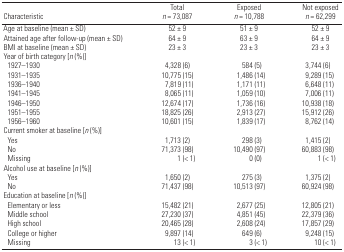
<table><thead><tr><td><b>Characteristic</b></td><td><b>Total <i>n </i>= 73,087</b></td><td><b>Exposed <i>n </i>= 10,788</b></td><td><b>Not exposed <i>n </i>= 62,299</b></td></tr></thead><tbody><tr><td><b>Age at baseline (mean ± SD) </b></td><td>52 ± 9</td><td>51 ± 9</td><td>52 ± 9</td></tr><tr><td><b>Attained age after follow-up (mean ± SD) </b></td><td>64 ± 9</td><td>63 ± 9</td><td>64 ± 9</td></tr><tr><td><b>BMI at baseline (mean ± SD) </b></td><td>23 ± 3</td><td>23 ± 3</td><td>23 ± 3</td></tr><tr><td><b>Year of birth category [<i>n</i> (%)]</b></td></tr><tr><td><b>1927–1930</b></td><td>4,328 (6)</td><td>584 (5)</td><td>3,744 (6)</td></tr><tr><td><b>1931–1935</b></td><td>10,775 (15)</td><td>1,486 (14)</td><td>9,289 (15)</td></tr><tr><td><b>1936–1940</b></td><td>7,819 (11)</td><td>1,171 (11)</td><td>6,648 (11)</td></tr><tr><td><b>1941–1945</b></td><td>8,065 (11)</td><td>1,059 (10)</td><td>7,006 (11)</td></tr><tr><td><b>1946–1950</b></td><td>12,674 (17)</td><td>1,736 (16)</td><td>10,938 (18)</td></tr><tr><td><b>1951–1955</b></td><td>18,825 (26)</td><td>2,913 (27)</td><td>15,912 (26)</td></tr><tr><td><b>1956–1960</b></td><td>10,601 (15)</td><td>1,839 (17)</td><td>8,762 (14)</td></tr><tr><td><b>Current smoker at baseline [<i>n</i> (%)]</b></td></tr><tr><td><b>Yes</b></td><td>1,713 (2)</td><td>298 (3)</td><td> 1,415 (2)</td></tr><tr><td><b>No</b></td><td>71,373 (98)</td><td>10,490 (97)</td><td>60,883 (98)</td></tr><tr><td><b>Missing</b></td><td>1 (&lt; 1)</td><td> 0 (0)</td><td> 1 (&lt; 1)</td></tr><tr><td><b>Alcohol use at baseline [<i>n</i> (%)]</b></td></tr><tr><td><b>Yes</b></td><td>1,650 (2)</td><td>275 (3)</td><td> 1,375 (2)</td></tr><tr><td><b>No</b></td><td>71,437 (98)</td><td>10,513 (97)</td><td>60,924 (98)</td></tr><tr><td><b>Education at baseline [<i>n</i> (%)]</b></td></tr><tr><td><b>Elementary or less</b></td><td>15,482 (21)</td><td>2,677 (25)</td><td>12,805 (21)</td></tr><tr><td><b>Middle school</b></td><td>27,230 (37)</td><td>4,851 (45)</td><td>22,379 (36)</td></tr><tr><td><b>High school</b></td><td>20,465 (28)</td><td>2,608 (24)</td><td>17,857 (29)</td></tr><tr><td><b>College or higher</b></td><td> 9,897 (14)</td><td>649 (6)</td><td> 9,248 (15)</td></tr><tr><td><b>Missing</b></td><td> 13 (&lt; 1) </td><td> 3 (&lt; 1)</td><td> 10 (&lt; 1)</td></tr></tbody></table>